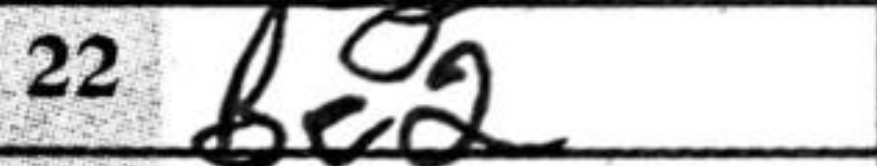
Transcription: Be2